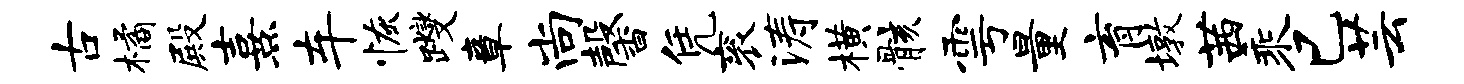
古橘殿熹车恢躞章尚馨凭衮涛横骸雩量育墩茜乘已芸